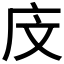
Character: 𪪍